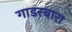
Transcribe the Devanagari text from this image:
गाडरबारा